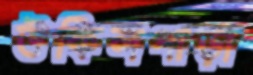
উকিলপাড়া